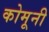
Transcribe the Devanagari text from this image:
कोमूनी